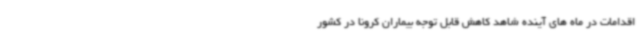
اقدامات در ماه های آینده شاهد کاهش قابل توجه بیماران کرونا در کشور